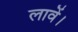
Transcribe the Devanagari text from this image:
लावें।